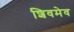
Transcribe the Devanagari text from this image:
शिवमेव